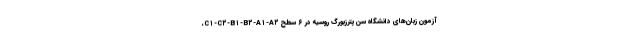
آزمون‌ زبان‌های دانشگاه سن‌پترزبورگ روسیه در ۶ سطح C۱-C۲-B۱-B۲-A۱-A۲،